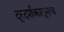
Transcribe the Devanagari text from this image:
दूरदर्शकातूनच